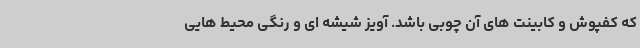
که کفپوش و کابینت های آن چوبی باشد. آویز شیشه ای و رنگی محیط هایی